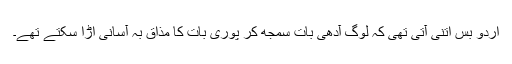
اردو بس اتنی آتی تھی کہ لوگ آدھی بات سمجھ کر پوری بات کا مذاق بہ آسانی اڑا سکتے تھے۔